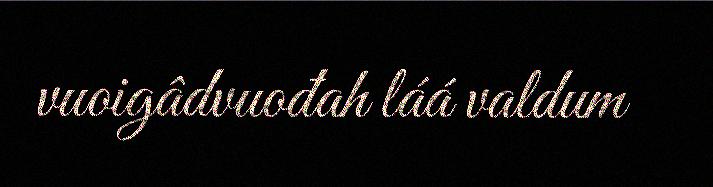
vuoigâdvuođah láá valdum